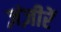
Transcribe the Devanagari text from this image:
ज़ंज़ीरें